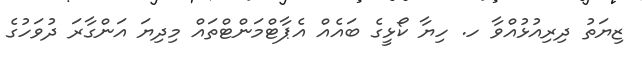
ޒިޔަތު ދިރިއުޅުއްވާ ހ. ހިޔާ ކޯޅީގެ ބައެއް އެޕާޓްމަންޓްތައް މިދިޔަ އަންގާރަ ދުވަހުގެ